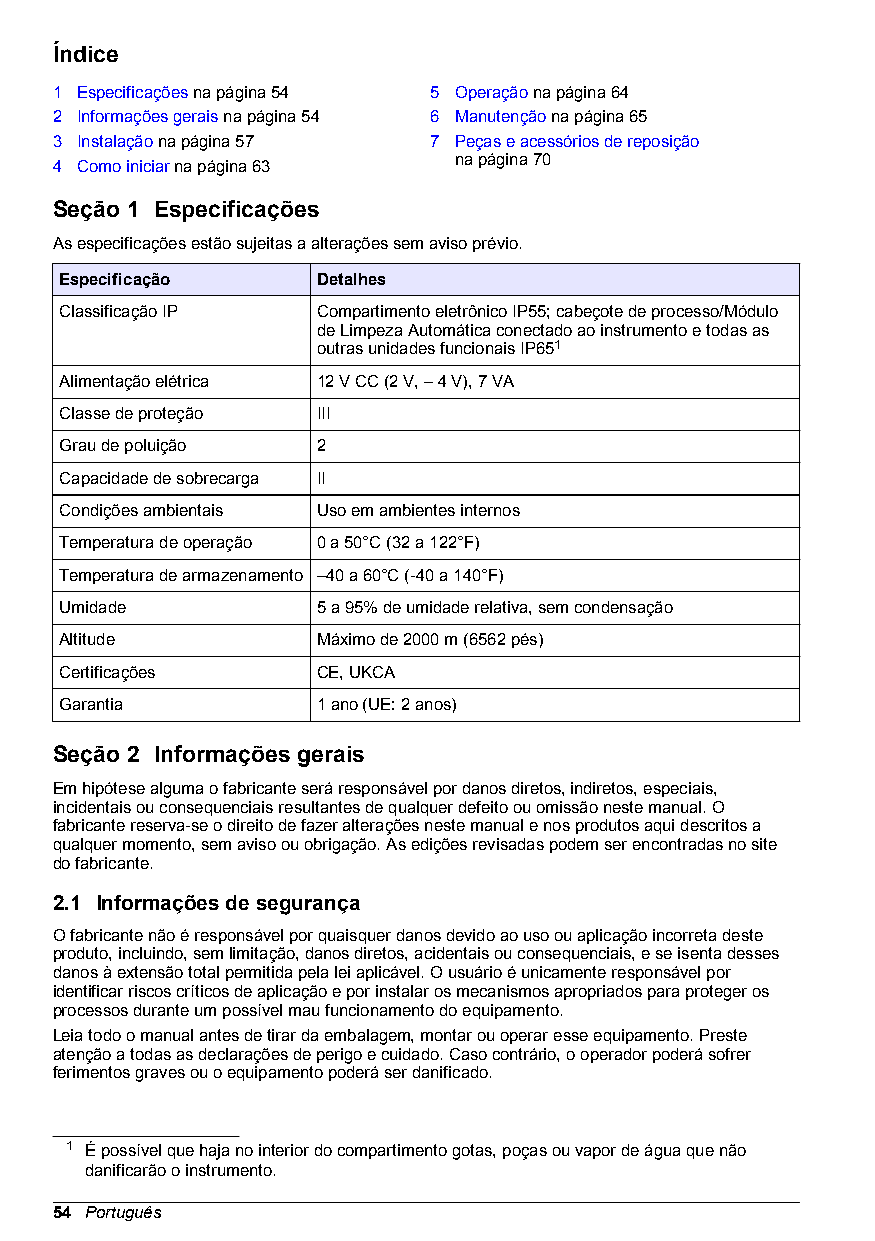
Índice
 1 Especificações na página 54 5 Operação na página 64
 2 Informações gerais na página 54 6 Manutenção na página 65
 3 Instalação na página 57 7 Peças e acessórios de reposição
 4 Como iniciar na página 63 na página 70
 Seção 1 Especificações
 As especificações estão sujeitas a alterações sem aviso prévio.
 Especificação    Detalhes
 Classificação IP Compartimento eletrônico IP55; cabeçote de processo/Módulo
 de Limpeza Automática conectado ao instrumento e todas as
 outras unidades funcionais IP651
 Alimentação elétrica 12 V CC (2 V, – 4 V), 7 VA
 Classe de proteção III
 Grau de poluição 2
 Capacidade de sobrecarga II
 Condições ambientais Uso em ambientes internos
 Temperatura de operação 0 a 50°C (32 a 122°F)
 Temperatura de armazenamento –40 a 60°C (-40 a 140°F)
 Umidade          5 a 95% de umidade relativa, sem condensação
 Altitude         Máximo de 2000 m (6562 pés)
 Certificações    CE, UKCA
 Garantia         1 ano (UE: 2 anos)
 Seção 2 Informações gerais
 Em hipótese alguma o fabricante será responsável por danos diretos, indiretos, especiais,
 incidentais ou consequenciais resultantes de qualquer defeito ou omissão neste manual. O
 fabricante reserva-se o direito de fazer alterações neste manual e nos produtos aqui descritos a
 qualquer momento, sem aviso ou obrigação. As edições revisadas podem ser encontradas no site
 do fabricante.
 2.1 Informações de segurança
 O fabricante não é responsável por quaisquer danos devido ao uso ou aplicação incorreta deste
 produto, incluindo, sem limitação, danos diretos, acidentais ou consequenciais, e se isenta desses
 danos à extensão total permitida pela lei aplicável. O usuário é unicamente responsável por
 identificar riscos críticos de aplicação e por instalar os mecanismos apropriados para proteger os
 processos durante um possível mau funcionamento do equipamento.
 Leia todo o manual antes de tirar da embalagem, montar ou operar esse equipamento. Preste
 atenção a todas as declarações de perigo e cuidado. Caso contrário, o operador poderá sofrer
 ferimentos graves ou o equipamento poderá ser danificado.
 1 É possível que haja no interior do compartimento gotas, poças ou vapor de água que não
 danificarão o instrumento.
 54 Português